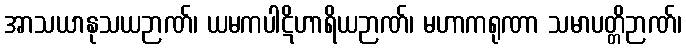
အာသယာနုသယဉာဏ်၊ ယမကပါဋိဟာရိယဉာဏ်၊ မဟာကရုဏာ သမာပတ္တိဉာဏ်၊